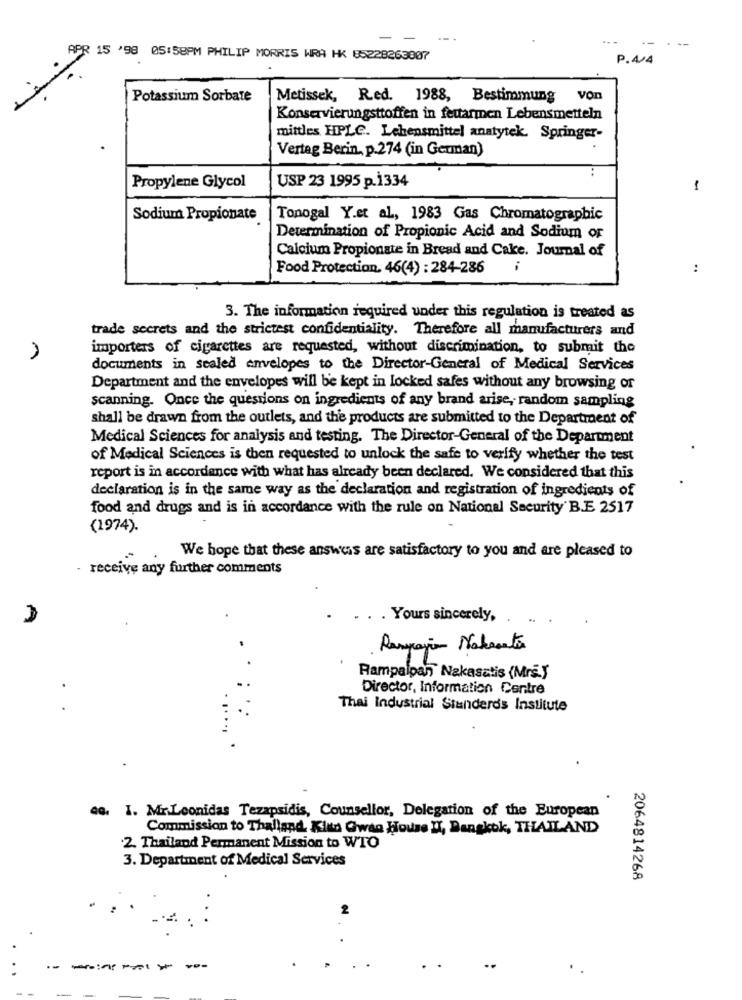
--
APR 15 '98 05:58PM PHILIP MORRIS WRA HK 85228263807
P.44
Potassium Sorbate
Metissek, Red. 1988, Bestimmung von
Konservierungsttoffen in fettarmen Lebensmetteln
mittles HPLC. Lebensmittel anatytek. Springer-
Vertag Berin, p.274 (in German)
Propylene Glycol
USP 23 1995 p.1334
1
Sodium Propionate
Tonogal Y.et al ., 1983 Gas Chromatographic
Determination of Propionic Acid and Sodium or
Calcium Propionate in Bread and Cake. Journal of
Food Protection. 46(4) : 284-286
..
3. The information required under this regulation is treated as
trade secrets and the strictest confidentiality. Therefore all manufacturers and
importers of cigarettes are requested, without discrimination, to submit the
documents in sealed envelopes to the Director-General of Medical Services
Department and the envelopes will be kept in locked safes without any browsing or
scanning. Once the questions on ingredients of any brand arise, random sampling
shall be drawn from the outlets, and the products are submitted to the Department of
Medical Sciences for analysis and testing. The Director-General of the Department
of Medical Sciences is then requested to unlock the safe to verify whether the test
report is in accordance with what has already been declared. We considered that this
declaration is in the same way as the declaration and registration of ingredients of
food and drugs and is in accordance with the rule on National Security B.E 2517
(1974).
We hope that these answers are satisfactory to you and are pleased to
receive any further comments
. Yours sincerely,
Rampajo Nahantos
Rampalpan Nakasatis (Mrs.)
.
Director, Information Centre
Thai Industrial Standards Institute
40. I. MrLeonidas Tezapsidis, Counsellor, Delegation of the European
Commission to Thalland, Kith Gwaa House I, Bangkok, THAILAND
2. Thailand Permanent Mission to WTO
3. Department of Medical Services
2064814268
2